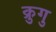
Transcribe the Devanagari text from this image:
क्रुगु